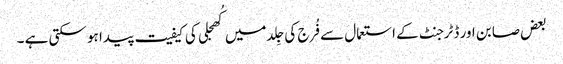
بعض صابن اور ڈٹرجنٹ کے استعمال سے فُرج کی جِلد میں کُھجلی کی کیفیت پیدا ہو سکتی ہے ۔